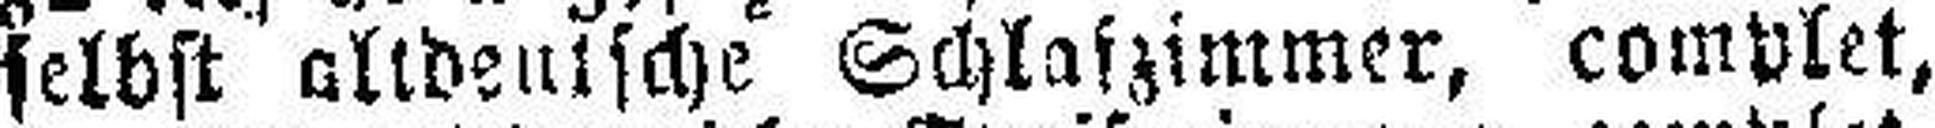
selbst altdeutsche Schlafzimmer, complet,